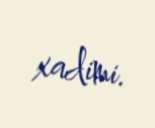
xadimi.